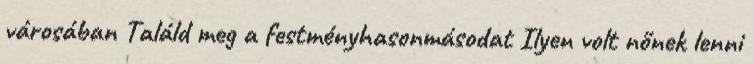
városában Találd meg a festményhasonmásodat Ilyen volt nőnek lenni